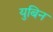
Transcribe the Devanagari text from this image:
युबिन